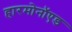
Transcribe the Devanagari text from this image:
हारमोनॉएड